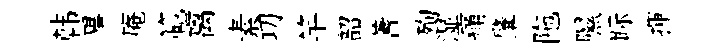
韩畢庵範离素㓛竿韶蓍殉湿痛肇陁隰眎揮